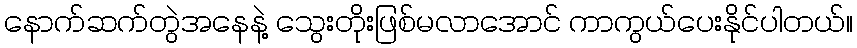
နောက်ဆက်တွဲအနေနဲ့ သွေးတိုးဖြစ်မလာအောင် ကာကွယ်ပေးနိုင်ပါတယ်။